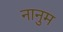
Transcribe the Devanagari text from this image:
नानुम